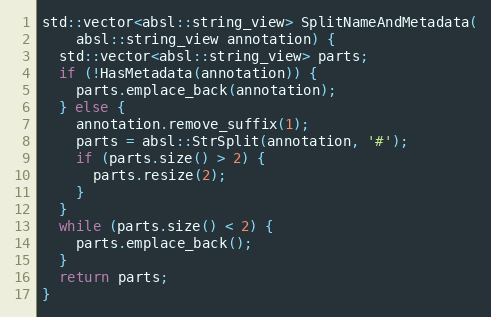
Language: C++
std::vector<absl::string_view> SplitNameAndMetadata(
    absl::string_view annotation) {
  std::vector<absl::string_view> parts;
  if (!HasMetadata(annotation)) {
    parts.emplace_back(annotation);
  } else {
    annotation.remove_suffix(1);
    parts = absl::StrSplit(annotation, '#');
    if (parts.size() > 2) {
      parts.resize(2);
    }
  }
  while (parts.size() < 2) {
    parts.emplace_back();
  }
  return parts;
}